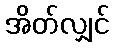
အိတ်လျှင်